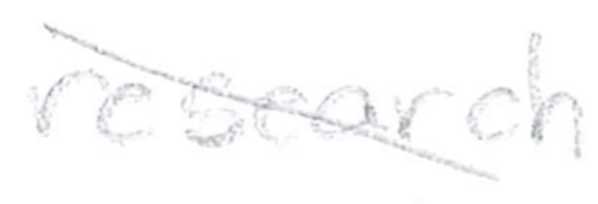
Text: research
Cross-out: diagonal
Writing tool: pencil